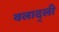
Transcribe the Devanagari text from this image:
वलाद्ली